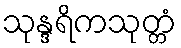
သုန္ဒရိကသုတ္တံ